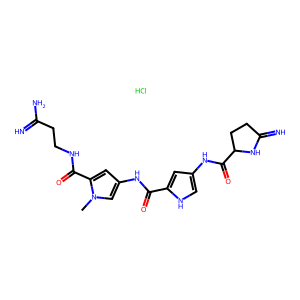
SMILES: Cl.Cn1cc(NC(=O)c2cc(NC(=O)C3CCC(=N)N3)c[nH]2)cc1C(=O)NCCC(=N)N
Inhibits HIV replication: No